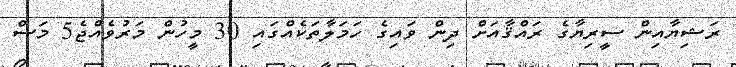
ރަޝިޔާއިން ސީރިޔާގެ ރައްޤާއަށް ދިން ވައިގެ ހަމަލާތަކެއްގައި 30 މީހުން މަރުވެއްޖެ5 މަސް